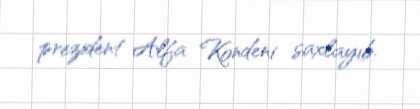
prezident Alfa Kondeni saxlayıb.